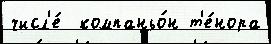
числ'е́  компаньо́н т'е́нора